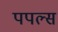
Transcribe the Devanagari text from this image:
पपल्स